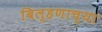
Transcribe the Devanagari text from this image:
बिल्हणाच्या